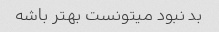
بد نبود میتونست بهتر باشه